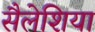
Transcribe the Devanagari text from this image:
सैलेशिया